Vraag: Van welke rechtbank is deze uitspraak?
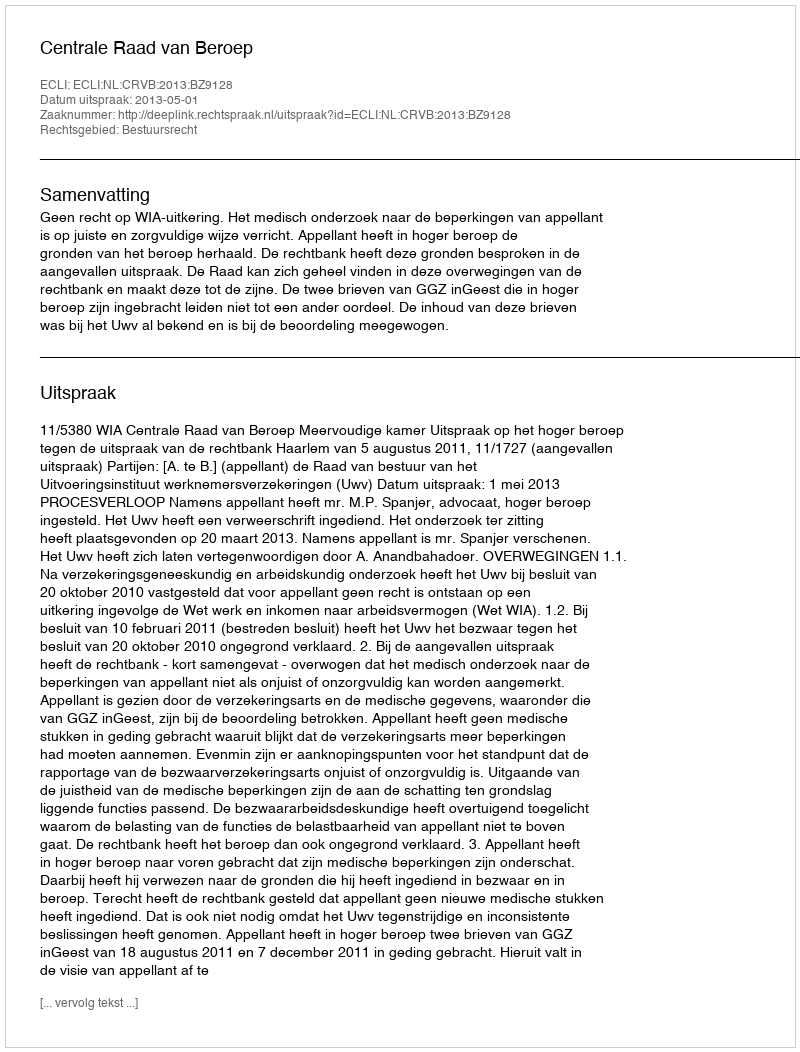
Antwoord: Centrale Raad van Beroep